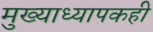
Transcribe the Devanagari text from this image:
मुख्याध्यापकही